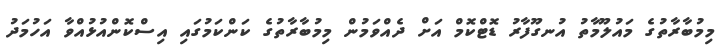
މިމުބާރާތުގެ މައުލޫމާތު އުނގޫފާރު ޑޮޓްކޮމް އަށް ދެއްވަމުން މިމުބާރާތުގެ ކަންކަމުގައި އިސްކޮންއުޅުއްވާ އަހުމަދު